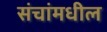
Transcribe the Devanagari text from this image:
संचांमधील